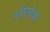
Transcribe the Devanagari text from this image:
परीलोक